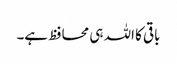
باقی کا اللہ ہی محافظ ہے۔